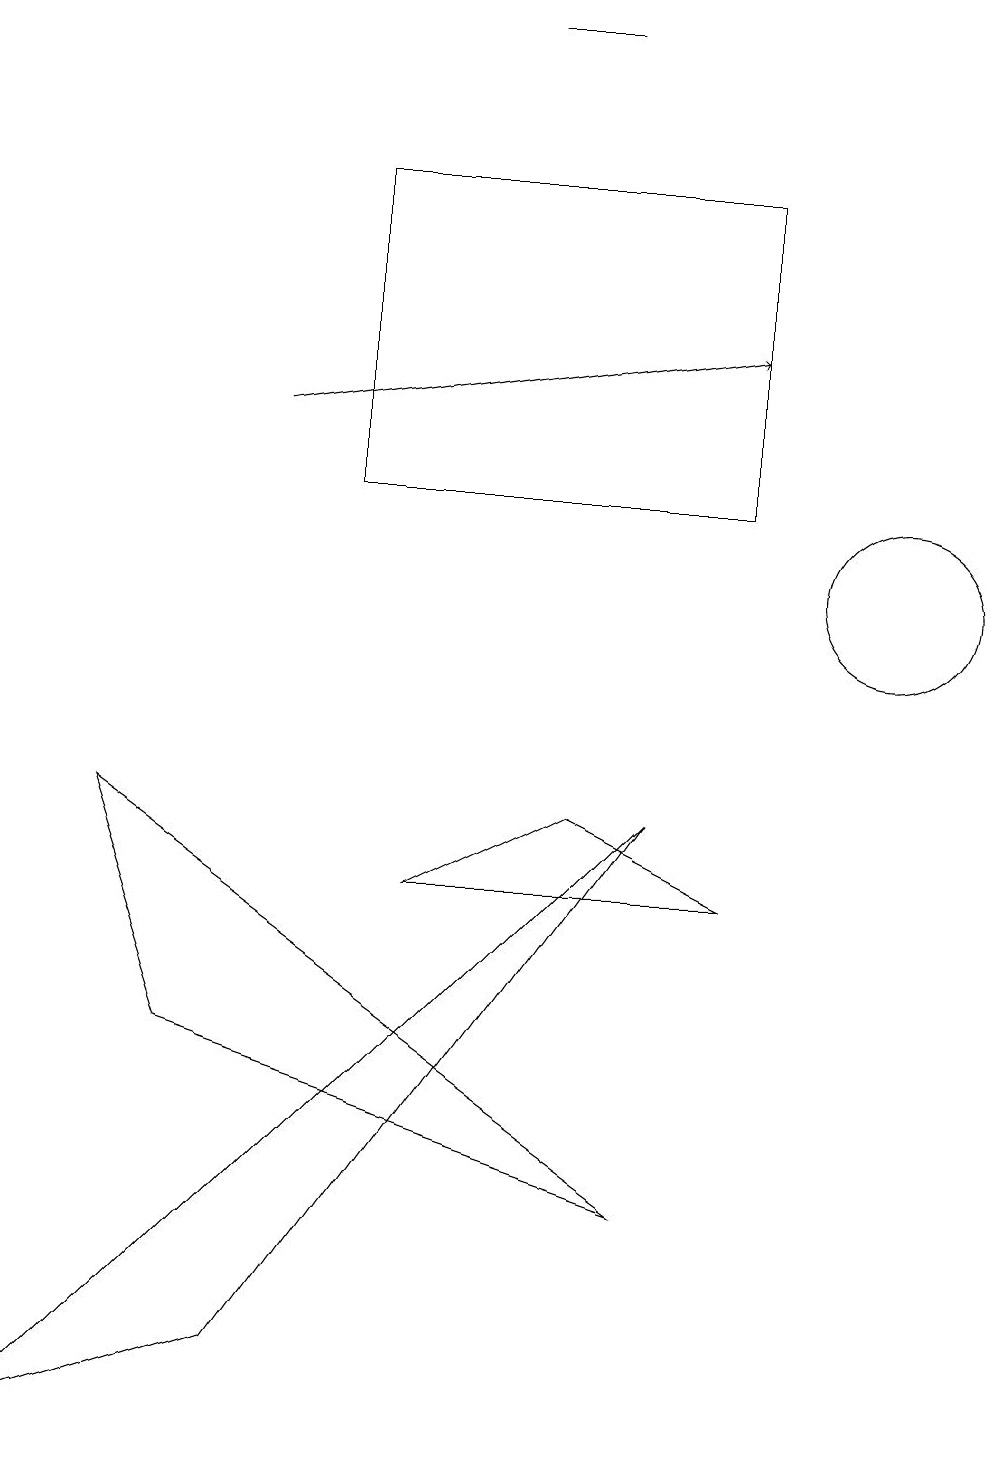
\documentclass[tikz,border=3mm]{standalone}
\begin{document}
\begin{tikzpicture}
\draw (9,7) -- (7,8) -- (5,7) -- cycle;
\draw[->] (3,13) -- (9,14);
\draw (7,18) rectangle (6,18);
\draw (10,11) circle (0);
\draw (2,5) -- (8,3) -- (1,8) -- cycle;
\draw (8,8) -- (3,1) -- (0,0) -- cycle;
\draw (9,12) rectangle (4,16);
\draw (11,11) circle (1);
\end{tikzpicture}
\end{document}